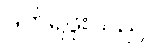
ဖတ်ရဖူးသည်။